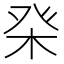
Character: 𤼨